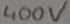
Text: 400V